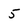
Character: 5